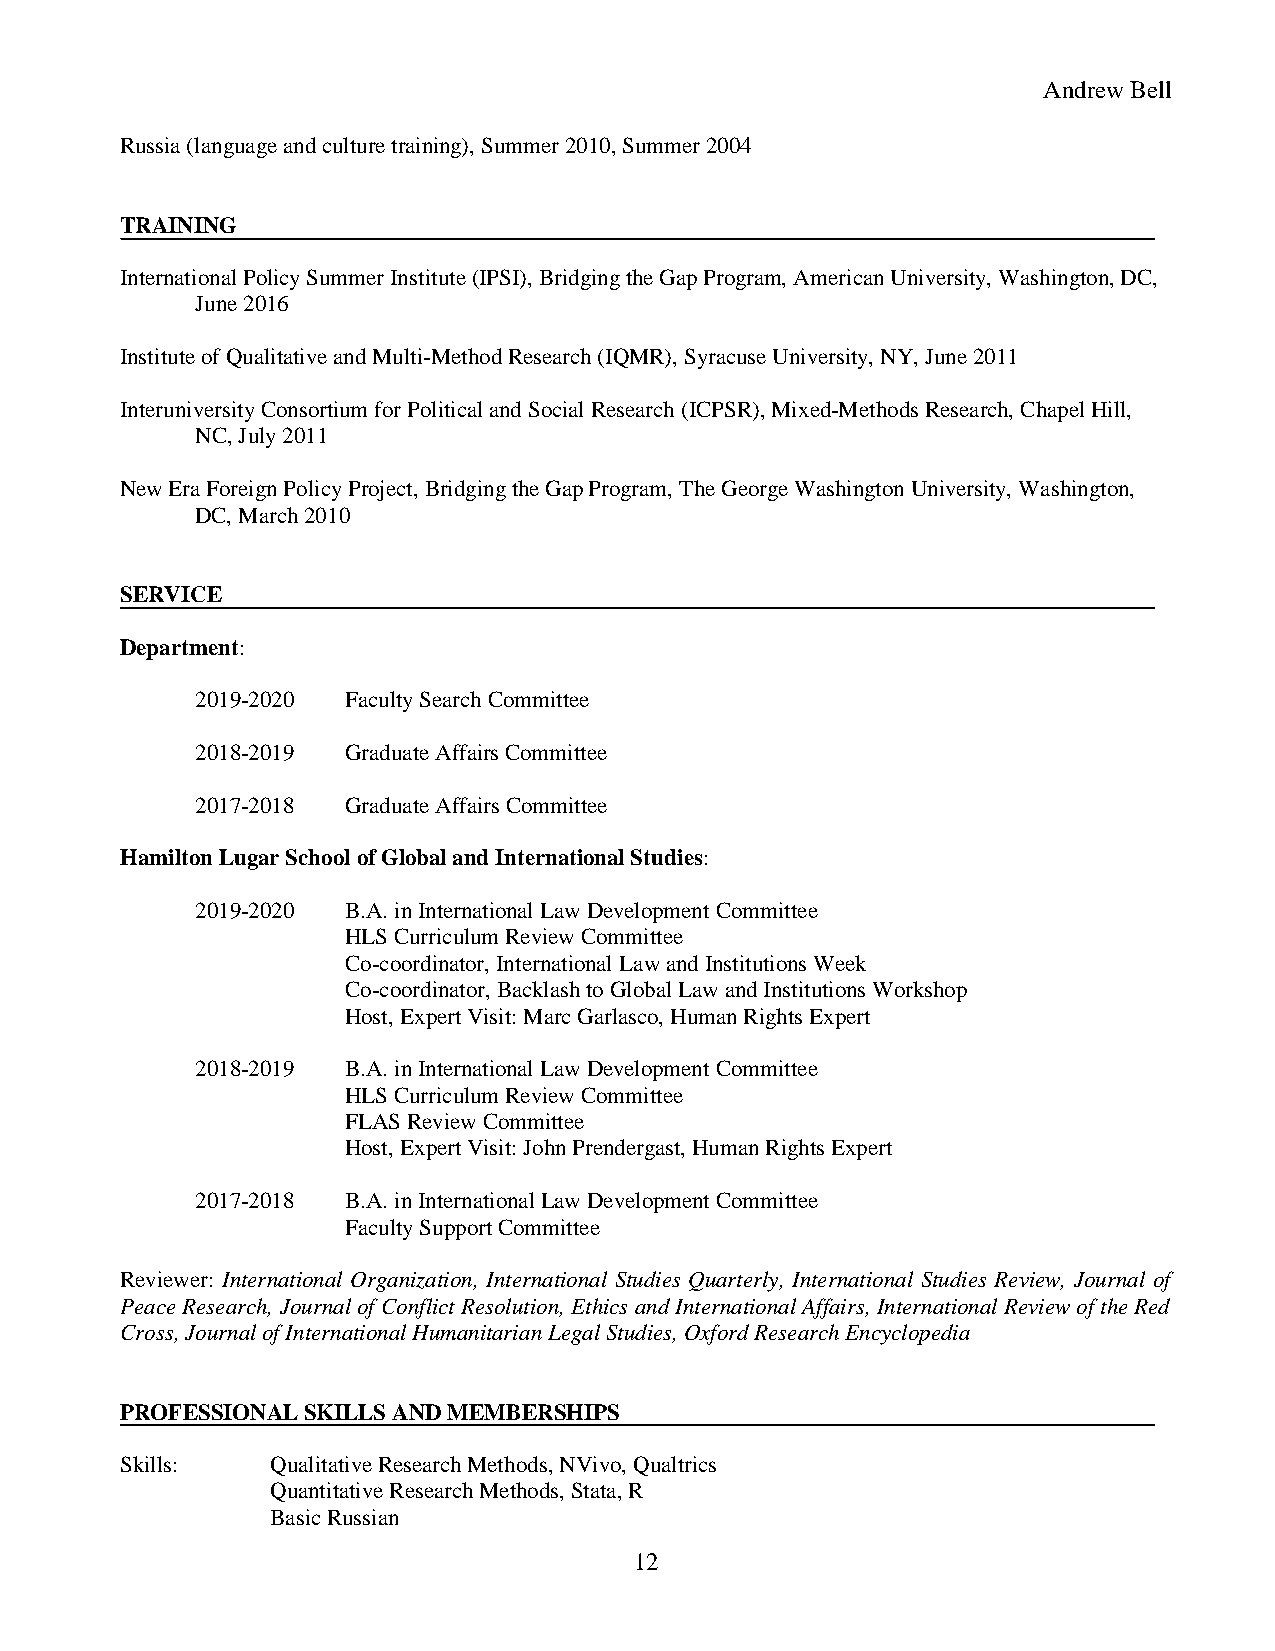
Andrew Bell
 Russia (language and culture training), Summer 2010, Summer 2004
 TRAINING
 International Policy Summer Institute (IPSI), Bridging the Gap Program, American University, Washington, DC,
 June 2016
 Institute of Qualitative and Multi-Method Research (IQMR), Syracuse University, NY, June 2011
 Interuniversity Consortium for Political and Social Research (ICPSR), Mixed-Methods Research, Chapel Hill,
 NC, July 2011
 New Era Foreign Policy Project, Bridging the Gap Program, The George Washington University, Washington,
 DC, March 2010
 SERVICE
 Department:
 2019-2020 Faculty Search Committee
 2018-2019 Graduate Affairs Committee
 2017-2018 Graduate Affairs Committee
 Hamilton Lugar School of Global and International Studies:
 2019-2020 B.A. in International Law Development Committee
 HLS Curriculum Review Committee
 Co-coordinator, International Law and Institutions Week
 Co-coordinator, Backlash to Global Law and Institutions Workshop
 Host, Expert Visit: Marc Garlasco, Human Rights Expert
 2018-2019 B.A. in International Law Development Committee
 HLS Curriculum Review Committee
 FLAS Review Committee
 Host, Expert Visit: John Prendergast, Human Rights Expert
 2017-2018 B.A. in International Law Development Committee
 Faculty Support Committee
 Reviewer: International Organization, International Studies Quarterly, International Studies Review, Journal of
 Peace Research, Journal of Conflict Resolution, Ethics and International Affairs, International Review of the Red
 Cross, Journal of International Humanitarian Legal Studies, Oxford Research Encyclopedia
 PROFESSIONAL SKILLS AND MEMBERSHIPS
 Skills:   Qualitative Research Methods, NVivo, Qualtrics
 Quantitative Research Methods, Stata, R
 Basic Russian
 12